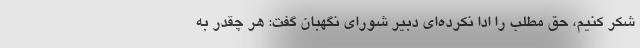
شکر کنیم، حق مطلب را ادا نکرده‌ای دبیر شورای نگهبان گفت: هر چقدر به